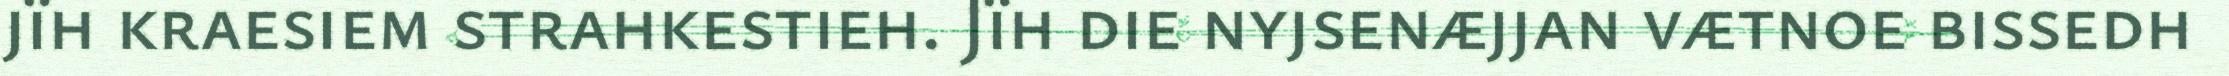
jïh kraesiem strahkestieh. Jïh die nyjsenæjjan vætnoe bissedh